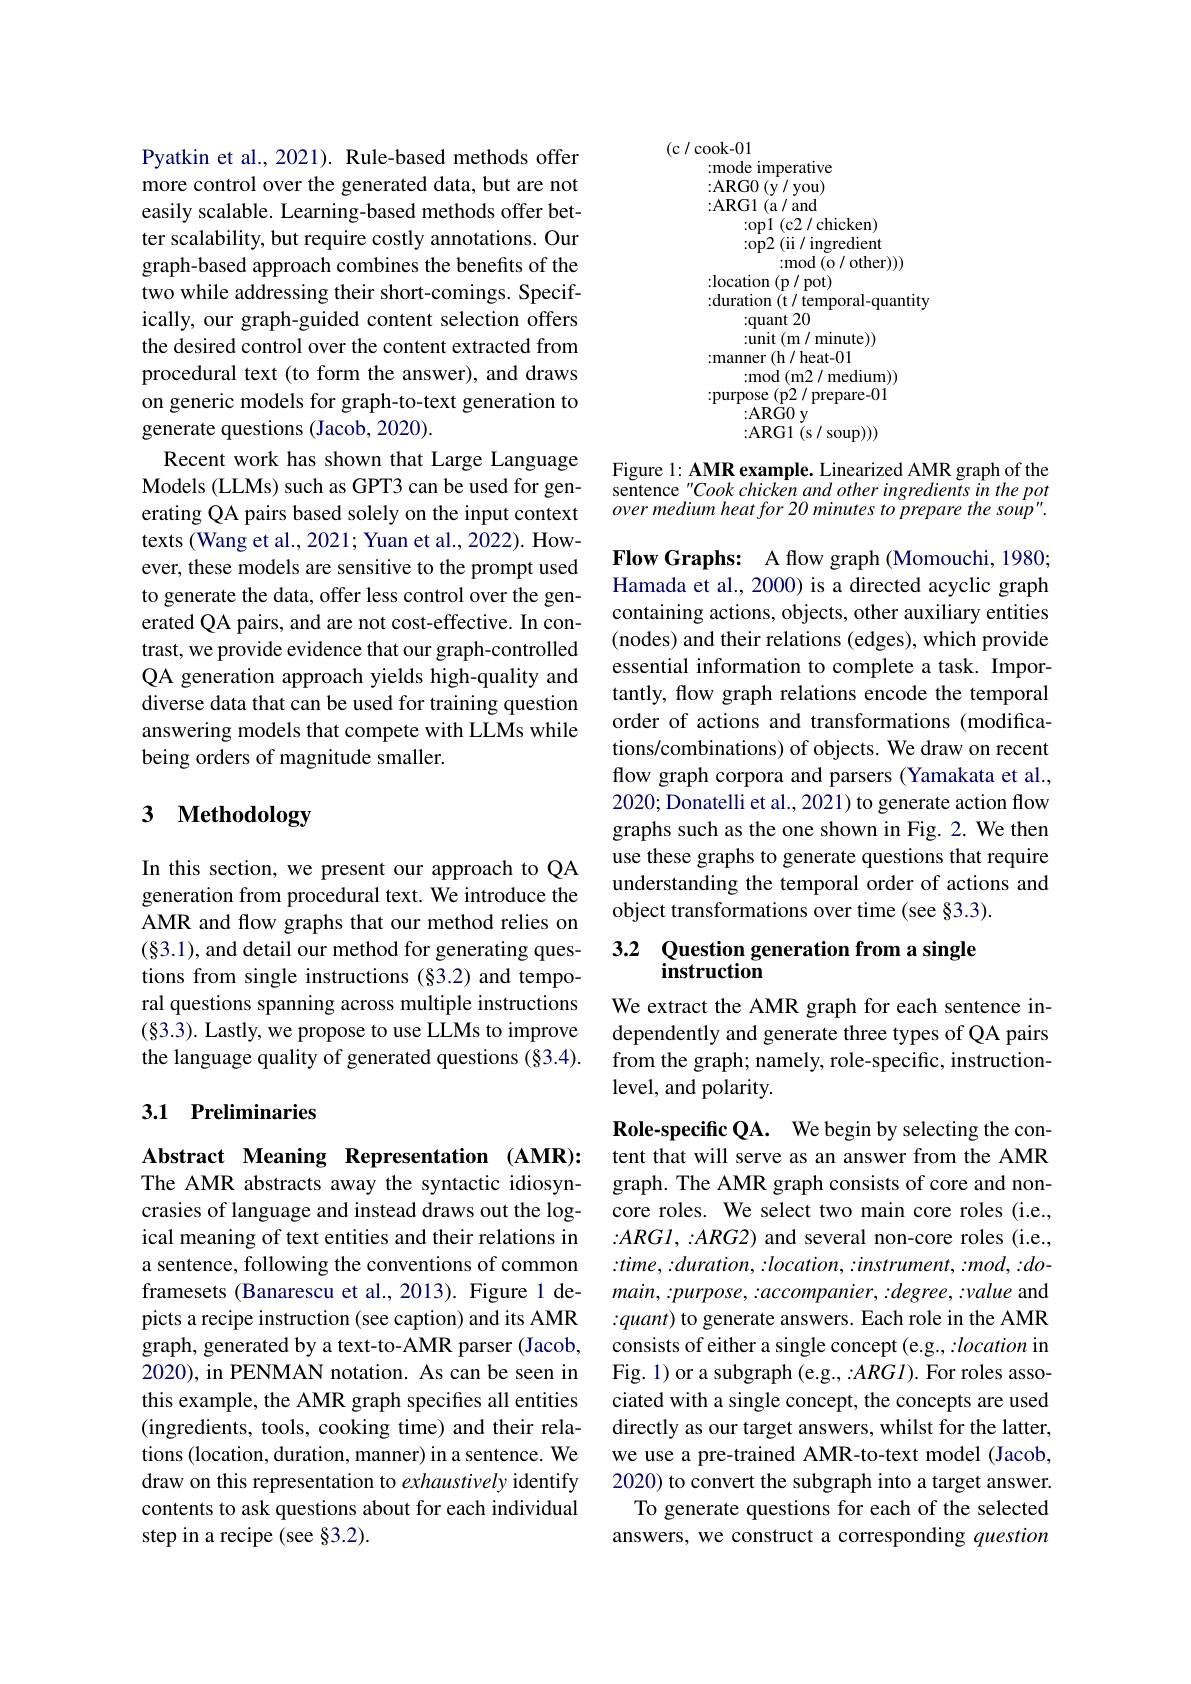
Pyatkin et al., 2021). Rule-based methods offer more control over the generated data, but are not easily scalable. Learning-based methods offer better scalability, but require costly annotations. Our graph-based approach combines the benefits of the two while addressing their short-comings. Specifically, our graph-guided content selection offers the desired control over the content extracted from procedural text (to form the answer), and draws on generic models for graph-to-text generation to generate questions (Jacob, 2020).
Recent work has shown that Large Language Models (LLMs) such as GPT3 can be used for generating QA pairs based solely on the input context texts (Wang et al., 2021; Yuan et al., 2022). However, these models are sensitive to the prompt used to generate the data, offer less control over the generated QA pairs, and are not cost-effective. In contrast, we provide evidence that our graph-controlled QA generation approach yields high-quality and diverse data that can be used for training question answering models that compete with LLMs while being orders of magnitude smaller.

# 3 Methodology

In this section, we present our approach to QA generation from procedural text. We introduce the AMR and flow graphs that our method relies on (§3.1), and detail our method for generating questions from single instructions (§3.2) and temporal questions spanning across multiple instructions (§3.3). Lastly, we propose to use LLMs to improve the language quality of generated questions (§3.4).

## 3.1 Preliminaries

Abstract Meaning Representation (AMR): The AMR abstracts away the syntactic idiosyncrasies of language and instead draws out the logical meaning of text entities and their relations in a sentence, following the conventions of common framesets (Banarescu et al.,2013). Figure 1 depicts a recipe instruction (see caption) and its AMR graph, generated by a text-to-AMR parser (Jacob, 2020), in PENMAN notation. As can be seen in this example, the AMR graph specifies all entities (ingredients, tools, cooking time) and their relations (location, duration, manner) in a sentence. We draw on this representation to exhaustively identify contents to ask questions about for each individual step in a recipe (see §3.2).

(c / cook-01
:mode imperative {:}ARG0$\left(\mathrm{y}/\mathrm{you}\right)$ {:}ARG1 ( a/ and
{:}op1 (c2 / chicken) {:}op2 (ii/ ingredient
{:}mod (o / other)))
$\begin{array}{l}{:\text{location (p/ pot)}}\\{:\text{duration (t/ temporal-quantity}}\end{array}$
{:}quant 20
{:}unit (m / minute)) {:}manner (h/ heat-01
{:}mod ( m2/ medium) ) {:}purpose (p2 / prepare-01
{:}AR$\r {G}$0y
{:}ARG1 (s/soup)))

Figure l: AMR example. Linearized AMR graph of the sentence "Cook chicken and other ingredients in the pot over medium heat for 20 minutes to prepare the soup".

Flow Graphs: A flow graph (Momouchi, 1980; Hamada et al., 2000) is a directed acyclic graph containing actions, objects, other auxiliary entities (nodes) and their relations (edges), which provide essential information to complete a task. Importantly, flow graph relations encode the temporal order of actions and transformations (modifications/combinations) of objects. We draw on recent flow graph corpora and parsers (Yamakata et al., 2020; Donatelli et al., 2021) to generate action flow graphs such as the one shown in Fig. 2. We then use these graphs to generate questions that require understanding the temporal order of actions and object transformations over time (see §3.3).

## 3.2 Question generation from a single instruction

We extract the AMR graph for each sentence independently and generate three types of QA pairs from the graph; namely, role-specific, instructionlevel, and polarity.

Role-specific QA. We begin by selecting the content that will serve as an answer from the AMR graph. The AMR graph consists of core and noncore roles. We select two main core roles (i.e., $:ARGl,:ARG2)$ and several non-core roles (i.e., $:time,:duration,:location,:instrument,:mod,:do-$ $main,:purpose,:accompanier,:degree,:value$ and :quant) to generate answers. Each role in the AMR consists of either a single concept (e.g., :location in Fig. 1) or a subgraph (e.g., :ARGI). For roles associated with a single concept, the concepts are used directly as our target answers, whilst for the latter, we use a pre-trained AMR-to-text model (Jacob, 2020) to convert the subgraph into a target answer.
To generate questions for each of the selected answers, we construct a corresponding question